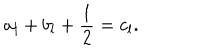
LaTeX: a _ { l } + b _ { l } + { \frac { 1 } { 2 } } = c _ { l } .